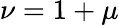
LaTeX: \nu=1+\mu